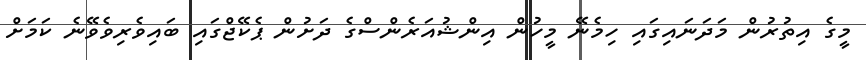
މީގެ އިތުރުން މަދަނައިގައި ހިމެނޭ މީހުން އިންޝުއަރެންސްގެ ދަށުން ޕެކޭޖްގައި ބައިވެރިވެވޭނެ ކަމަށް